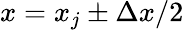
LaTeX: x=x_{j}\pm\Delta x/2